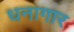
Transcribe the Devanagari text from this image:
धनागार